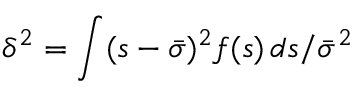
\delta ^ { 2 } = \int ( s - \bar { \sigma } ) ^ { 2 } f ( s ) \, d s / \bar { \sigma } ^ { 2 }